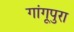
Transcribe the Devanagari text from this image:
गांगूपुरा